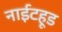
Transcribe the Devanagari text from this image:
नाईटहूड